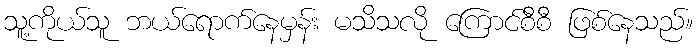
သူ့ကိုယ်သူ ဘယ်ရောက်နေမှန်း မသိသလို ကြောင်စီစီ ဖြစ်နေသည်။